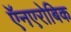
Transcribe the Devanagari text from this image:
ऍनएरोबिक